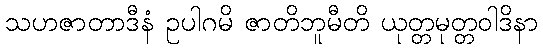
သဟဇာတာဒီနံ ဥပါဂမိ ဇာတိဘူမီတိ ယုတ္တမုတ္တဝါဒိနာ